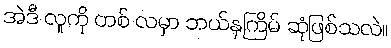
အဲဒီ လူကို တစ် လမှာ ဘယ်နှကြိမ် ဆုံဖြစ်သလဲ။